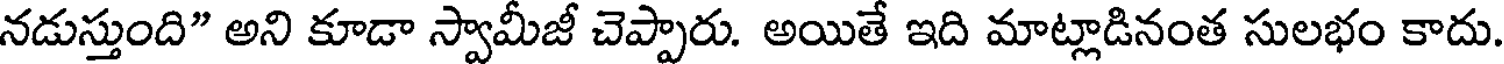
నడుస్తుంది" అని కూడా స్వామీజీ చెప్పారు. అయితే ఇది మాట్లాడినంత సులభం కాదు.